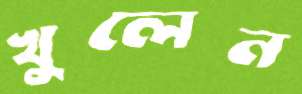
খুলেন